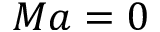
M a = 0